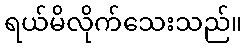
ရယ်မိလိုက်သေးသည်။